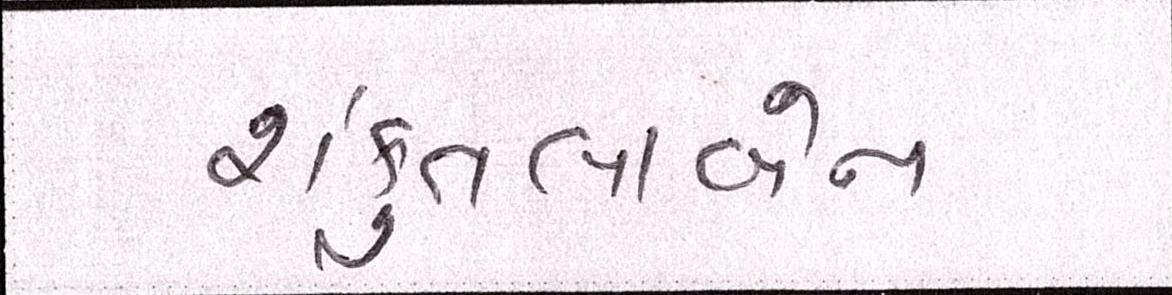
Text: શંકુતલાબેન